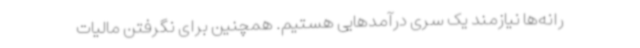
رانه‌ها نیازمند یک سری درآمدهایی هستیم. همچنین برای نگرفتن مالیات